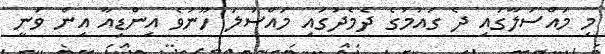
މި މައްސަލާގައި ދެ ގައުމުގެ ދެމެދުގައި މައްސަލަ ހޫނުވެ އިންޑިއާ އިން ވަނީ